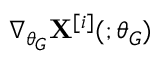
\nabla _ { \theta _ { G } } \mathbf { X } ^ { [ i ] } ( ; \theta _ { G } )